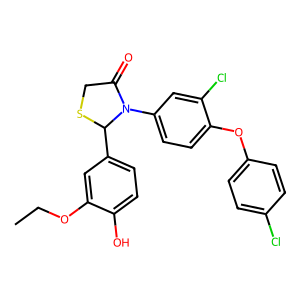
SMILES: CCOc1cc(C2SCC(=O)N2c2ccc(Oc3ccc(Cl)cc3)c(Cl)c2)ccc1O
Inhibits HIV replication: No